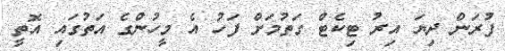
ފުރަން ދިޔަ އިރު ޓިކެޓް ގަތުމަށް ފަހު އެ މީހުންގެ އަތުގައި އޮތީ